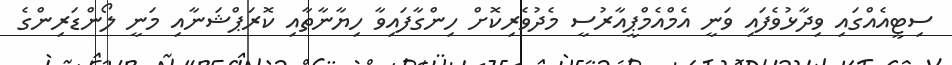
ސިޓީއެއްގައި ވިދާޅުވެފައި ވަނީ އެމްއެމްޕީއާރުސީ މެދުވެރިކޮށް ހިންގާފައިވާ ހިޔާނާތާއި ކޮރަޕްޝަނާއި މަނީ ލޯންޑަރިންގެ